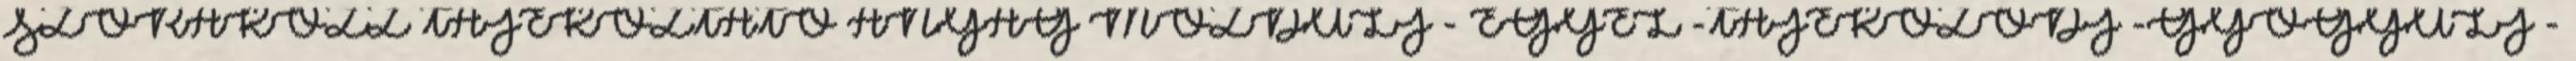
SZÓRAKOZZ TÁJÉKOZTATÓ ANYAG MOZDULJ - EGYÉL -TÁJÉKOZÓDJ -GYÓGYULJ -